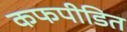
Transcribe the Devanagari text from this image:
कफपीडित